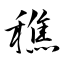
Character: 穛